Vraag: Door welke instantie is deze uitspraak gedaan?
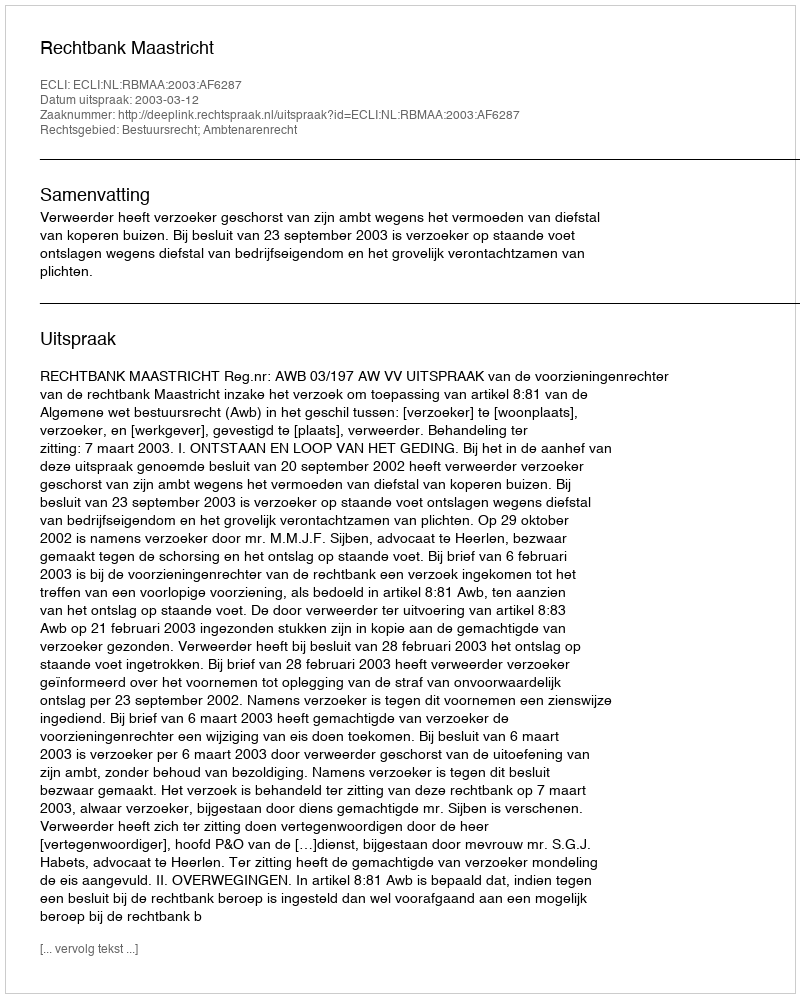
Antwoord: Rechtbank Maastricht